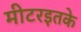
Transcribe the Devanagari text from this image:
मीटरइतके